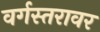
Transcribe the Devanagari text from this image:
वर्गस्तरावर